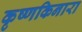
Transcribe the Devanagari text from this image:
कृष्णकिनारा